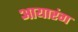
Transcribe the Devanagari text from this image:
आयारंग